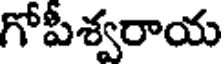
గోపీశ్వరాయ